Scottish Leaving Certificate Examination, 1954
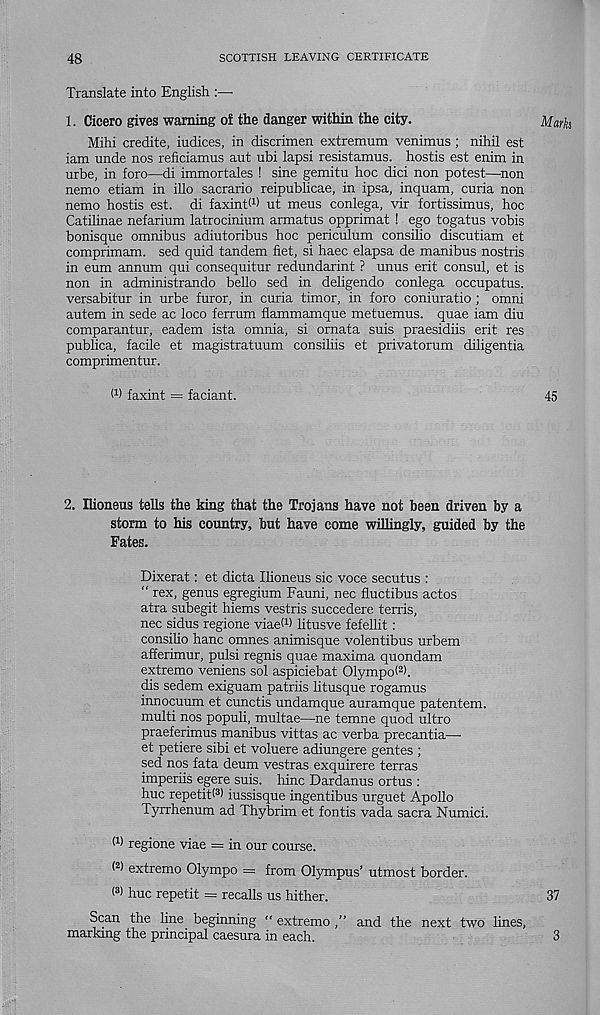
48
SCOTTISH LEAVING CERTIFICATE
Translate into English :—■
1. Cicero gives warning of the danger within the city.
Mihi credite, indices, in discrimen extremum venimus; nihil est
iam unde nos reficiamus aut ubi lapsi resistamus. hostis est enim in
urbe, in foro—di immortales ! sine gemitu hoc dici non potest—-non
nemo etiam in illo sacrario reipublicae, in ipsa, inquam, curia non
nemo hostis est. di faxintM ut meus conlega, vir fortissimus, hoc
Catilinae nefarium latrocinium armatus opprimat ! ego togatus vobis
bonisque omnibus adiutoribus hoc periculum consilio discutiam et
comprimam. sed quid tandem fiet, si haec elapsa de manibus nostris
in eum annum qui consequitur redundarint ? unus erit consul, et is
non in administrando bello sed in deligendo conlega occupatus.
versabitur in urbe furor, in curia timer, in foro coniuratio; omni
autem in sede ac loco ferrum flammamque metuemus. quae iam diu
comparantur, eadem ista omnia, si ornata suis praesidiis erit res
publica, facile et magistratuum consiliis et privatorum diligentia
comprimentur.
h) faxint = faciant.
2. Ilioneus tells the king that the Trojans have not been driven by a
storm to his country, but have come willingly, guided by the
Fates.
Dixerat: et dicta Ilioneus sic voce secutus :
" rex, genus egregium Fauni, nec fluctibus actos
atra subegit hiems vestris succedere terris,
nec sidus regione viaeh) litusve fefellit:
consilio hanc omnes animisque volentibus urbem
afferimur, pulsi regnis quae maxima quondam
extreme veniens sol aspiciebat Olympol 2 ).
dis sedem exiguam patriis litusque rogamus
innocuum et cunctis undamque auramque patentem.
multi nos populi, multae—ne temne quod ultro
praeferimus manibus vittas ac verba precantia—•
et petiere sibi et voluere adiungere gentes ;
sed nos fata deum vestras exquirere terras
imperiis egere suis. hinc Dardanus ortus :
hue repetitP) iussisque ingentibus urguet Apollo
Tyrrhenum ad Thybrim et fontis vada sacra Numici.
h) regione viae = in our course.
extreme Olympo = from Olympus’ utmost border.
< 3 > hue repetit = recalls us hither.
Scan the line beginning “ extremo ,” and the next two lines,
marking the principal caesura in each.